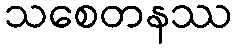
သစေတနဿ